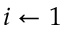
i \gets 1